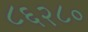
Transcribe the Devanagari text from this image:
८६२८०